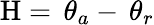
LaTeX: {\mathrm{H}}=\, \theta_{a}-\, \theta_{r}